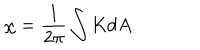
\chi = \frac { 1 } { 2 \pi } \int K d A .